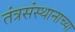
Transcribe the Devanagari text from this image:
तंत्रसंस्थानाच्या